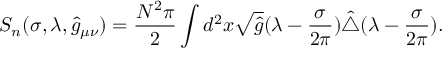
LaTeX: S _ { n } ( \sigma , \lambda , \hat { g } _ { \mu \nu } ) = { \frac { N ^ { 2 } \pi } { 2 } } \int d ^ { 2 } x \sqrt { \hat { g } } ( \lambda - { \frac { \sigma } { 2 \pi } } ) \hat { \triangle } ( \lambda - { \frac { \sigma } { 2 \pi } } ) .